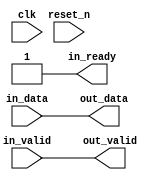
// --------------------------------------------------------------------------------
//| Avalon Streaming Timing Adapter
// --------------------------------------------------------------------------------

`timescale 1ns / 100ps
module sonic_v1_15_pcs_eth_10g_mac_rxtx_timing_adapter_pauselen_tx (
    
      // Interface: clk
      input              clk,
      // Interface: reset
      input              reset_n,
      // Interface: in
      output reg         in_ready,
      input              in_valid,
      input      [15: 0] in_data,
      // Interface: out
      output reg         out_valid,
      output reg [15: 0] out_data
);




   // ---------------------------------------------------------------------
   //| Signal Declarations
   // ---------------------------------------------------------------------

   reg  [15: 0] in_payload;
   reg  [15: 0] out_payload;
   reg  [ 0: 0] ready;
   reg          out_ready = 1;


   // ---------------------------------------------------------------------
   //| Payload Mapping
   // ---------------------------------------------------------------------
   always @* begin
     in_payload = {in_data};
     {out_data} = out_payload;
   end

   // ---------------------------------------------------------------------
   //| Ready & valid signals.
   // ---------------------------------------------------------------------
   always @* begin
     ready[0] = out_ready;
     out_valid = in_valid;
     out_payload = in_payload;
     in_ready = ready[0];
   end




endmodule